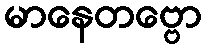
မာနေတဗ္ဗော